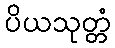
ပိယသုတ္တံ